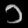
Digit: ၁